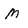
Character: M